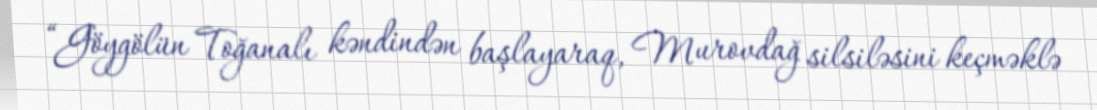
“Göygölün Toğanalı kəndindən başlayaraq, Murovdağ silsiləsini keçməklə